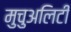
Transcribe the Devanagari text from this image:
मुचुअलिटी